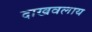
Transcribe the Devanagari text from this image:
दाखवलाय